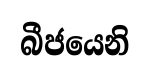
බීජයෙනි